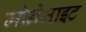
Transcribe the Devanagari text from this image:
मोनेजाइट